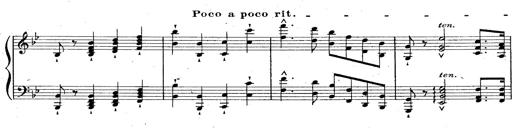
Title: La Marseillaise
Composer: Franz Liszt
Key: B-flat major